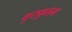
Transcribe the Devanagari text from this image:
गुरुकुलम